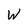
Character: W